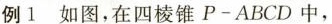
例1如图，在四棱锥P-ABCD中，